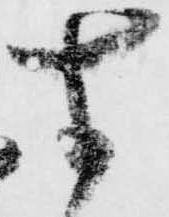
す